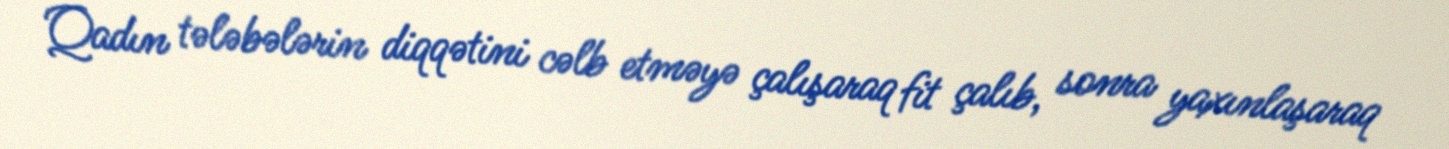
Qadın tələbələrin diqqətini cəlb etməyə çalışaraq fit çalıb, sonra yaxınlaşaraq